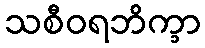
သစီဝရဘိက္ခာ